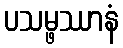
ပသမ္ဖဿာနံ